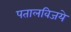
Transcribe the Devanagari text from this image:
पतालविजये